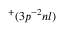
^ { + } ( 3 p ^ { - 2 } n l )